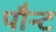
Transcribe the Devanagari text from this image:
पौन्ट